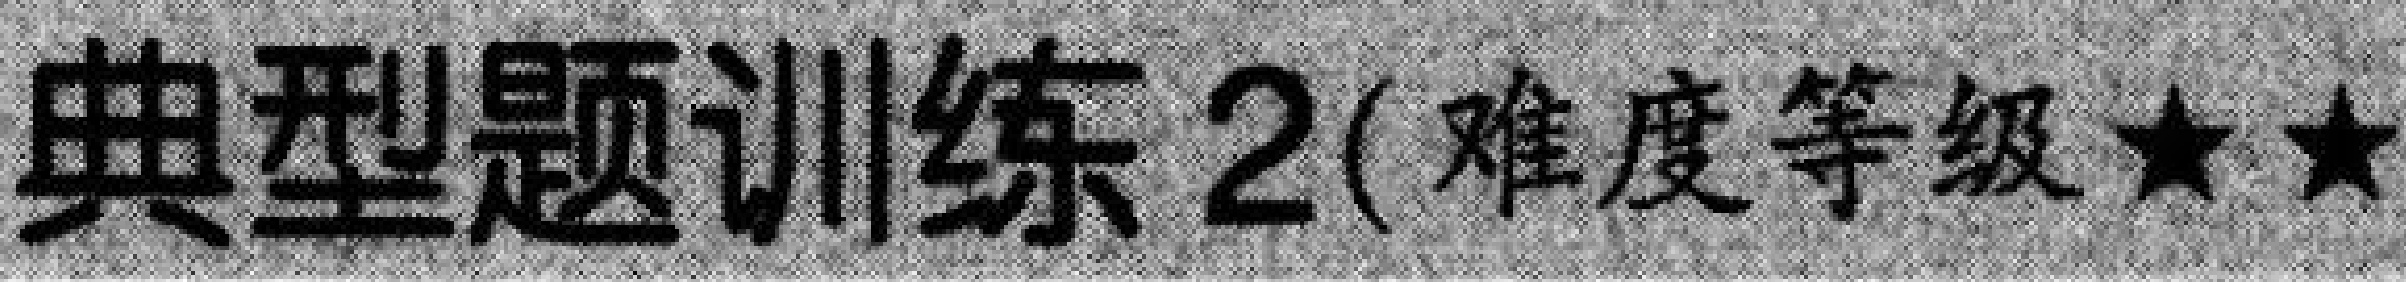
典型题训练2(难度等级★★